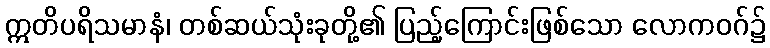
ဣတိပရိသမာနံ၊ တစ်ဆယ်သုံးခုတို့၏ ပြည့်ကြောင်းဖြစ်သော လောကဝဂ်၌